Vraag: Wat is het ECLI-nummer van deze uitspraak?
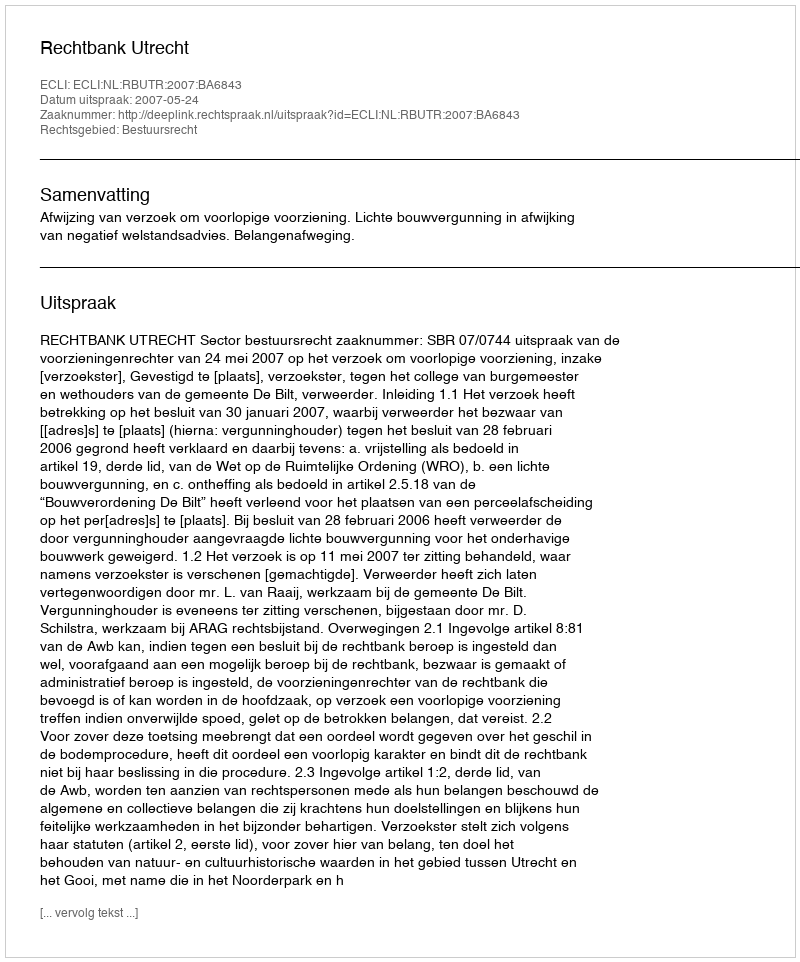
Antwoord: ECLI:NL:RBUTR:2007:BA6843